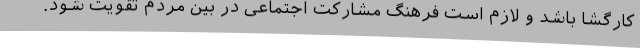
کارگشا باشد و لازم است فرهنگ مشارکت اجتماعی در بین مردم تقویت شود.